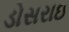
ડોસરાઇ